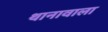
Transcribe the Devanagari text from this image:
थानावाला